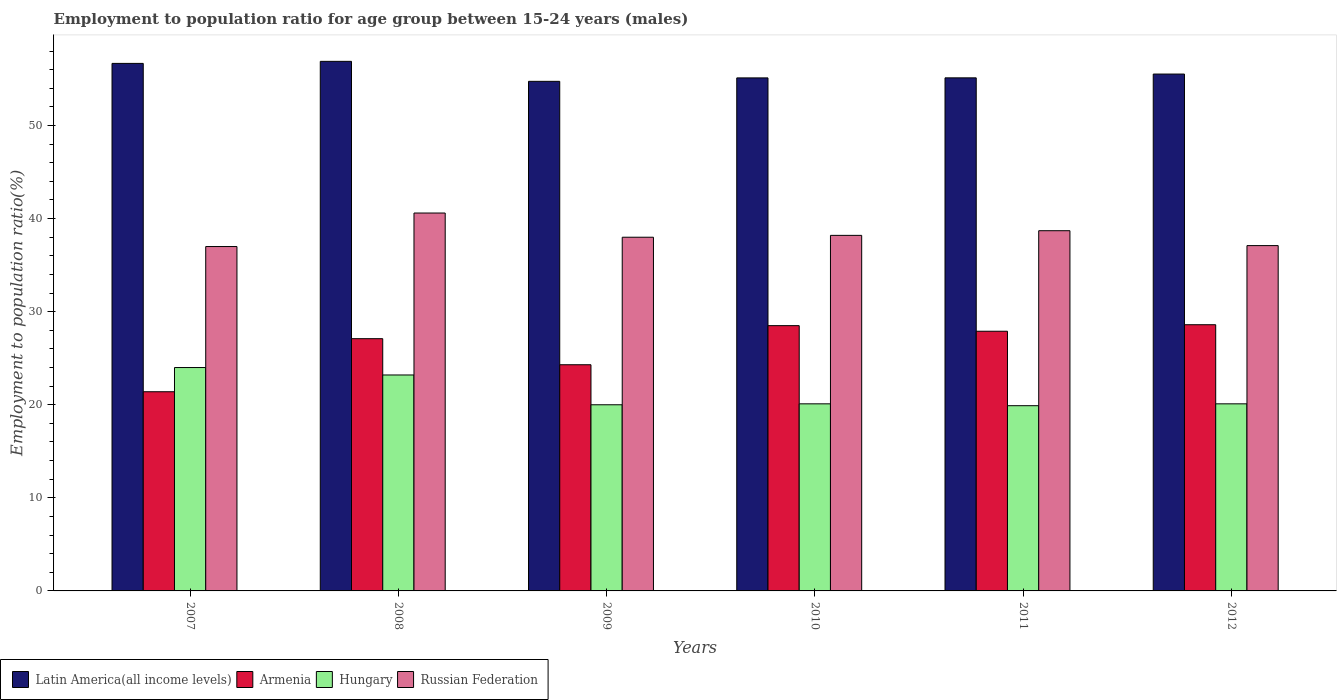
| Years | Latin America(all income levels) | Armenia | Hungary | Russian Federation |
 | --- | --- | --- | --- | --- |
 | 2007 | 56.7 | 21.4 | 24 | 37 |
 | 2008 | 56.9 | 27.1 | 23.2 | 40.6 |
 | 2009 | 54.7 | 24.3 | 20 | 38 |
 | 2010 | 55.1 | 28.5 | 20.1 | 38.2 |
 | 2011 | 55.1 | 27.9 | 19.9 | 38.7 |
 | 2012 | 55.5 | 28.6 | 20.1 | 37.1 |